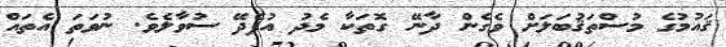
ޤައުމުގެ މުސްތަޤުބަލަށް ވެގެން ދާނޭ ގޮތަކާ މެދު އުފެދޭ ސުވާލެވެ. ނުވަތަ އެތައް